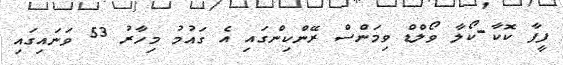
ފީފާ ކޮކާ-ކޯލާ ވޯލްޑް ވިމަންސް ރޭންކިންގައި އެ ގައުމު މިހާރު 53 ވަނައިގައި